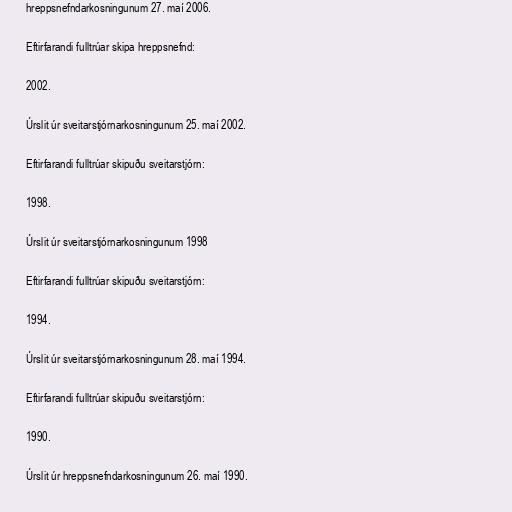
hreppsnefndarkosningunum 27. maí 2006.

Eftirfarandi fulltrúar skipa hreppsnefnd:

2002.

Úrslit úr sveitarstjórnarkosningunum 25. maí 2002.

Eftirfarandi fulltrúar skipuðu sveitarstjórn:

1998.

Úrslit úr sveitarstjórnarkosningunum 1998

Eftirfarandi fulltrúar skipuðu sveitarstjórn:

1994.

Úrslit úr sveitarstjórnarkosningunum 28. maí 1994.

Eftirfarandi fulltrúar skipuðu sveitarstjórn:

1990.

Úrslit úr hreppsnefndarkosningunum 26. maí 1990.